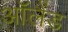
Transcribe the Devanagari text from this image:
ऑलैंड